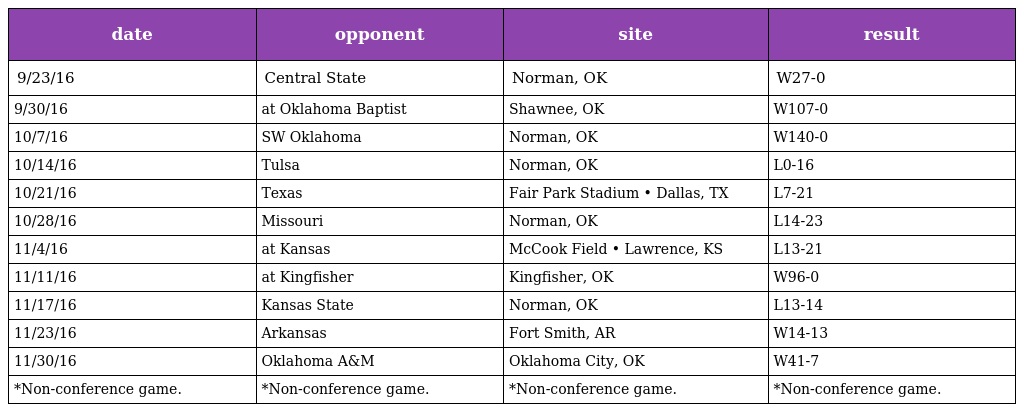
| date | opponent | site | result |
 | --- | --- | --- | --- |
 | 9/23/16 | Central State | Norman, OK | W27-0 |
 | 9/30/16 | at Oklahoma Baptist | Shawnee, OK | W107-0 |
 | 10/7/16 | SW Oklahoma | Norman, OK | W140-0 |
 | 10/14/16 | Tulsa | Norman, OK | L0-16 |
 | 10/21/16 | Texas | Fair Park Stadium • Dallas, TX | L7-21 |
 | 10/28/16 | Missouri | Norman, OK | L14-23 |
 | 11/4/16 | at Kansas | McCook Field • Lawrence, KS | L13-21 |
 | 11/11/16 | at Kingfisher | Kingfisher, OK | W96-0 |
 | 11/17/16 | Kansas State | Norman, OK | L13-14 |
 | 11/23/16 | Arkansas | Fort Smith, AR | W14-13 |
 | 11/30/16 | Oklahoma A&M | Oklahoma City, OK | W41-7 |
 | *Non-conference game. | *Non-conference game. | *Non-conference game. | *Non-conference game. |